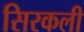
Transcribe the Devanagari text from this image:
सिरकली